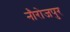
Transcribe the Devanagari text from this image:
नौरोजपुर